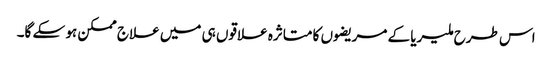
اس طرح ملیریا کے مریضوں کا متاثرہ علاقوں ہی میں علاج ممکن ہو سکے گا۔